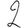
Digit: 2